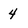
Character: 4